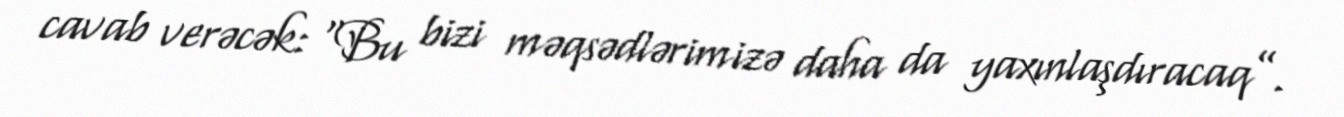
cavab verəcək: “Bu bizi məqsədlərimizə daha da yaxınlaşdıracaq”.